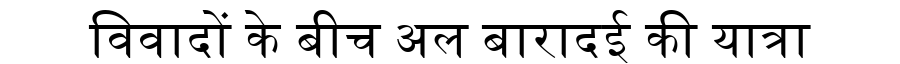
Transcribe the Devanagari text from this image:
विवादों के बीच अल बारादई की यात्रा